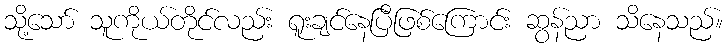
သို့သော် သူကိုယ်တိုင်လည်း ရူးချင်နေပြီဖြစ်ကြောင်း ဆွန်ညာ သိနေသည်။